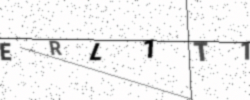
Text: ERL1T1